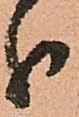
分